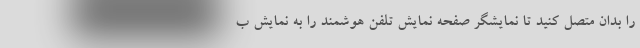
را بدان متصل کنید تا نمایشگر صفحه نمایش تلفن هوشمند را به نمایش ب